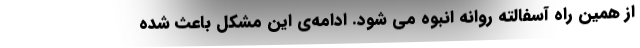
از همین راه آسفالته روانه انبوه می شود. ادامه‌ی این مشکل باعث شده